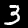
Digit: 3